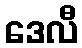
ဒေလီ